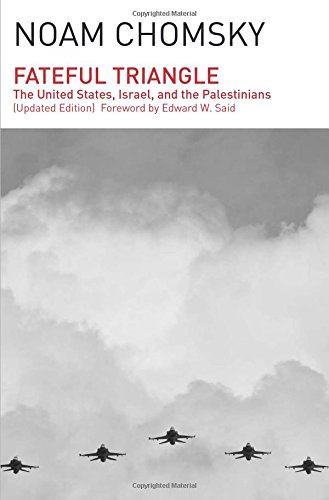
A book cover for Fateful Triangle: The United States, Israel, and the Palestinians (Updated Edition); Noam Chomsky; Law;